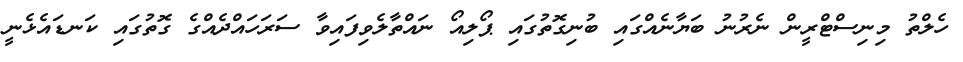
ހެލްތު މިނިސްޓްރީން ނެރުނު ބަޔާނެއްގައި ބުނިގޮތުގައި ޕޯލިއޯ ނައްތާލެވިފައިވާ ސަރަހައްދެއްގެ ގޮތުގައި ކަނޑައެޅެނީ